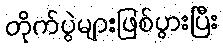
တိုက်ပွဲများဖြစ်ပွားပြီး